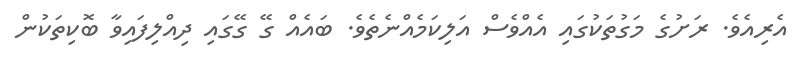
އެރިއެވެ. ރަށުގެ މަގުތަކުގައި އެއްވެސް އަލިކަމެއްނެތެވެ. ބައެއް ގޭ ގޭގައި ދިއްލިފައިވާ ބޮކިތަކުން